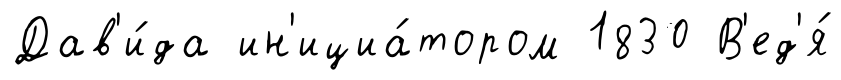
Дав'и́да ин'ициа́тором 1830 В'ед'я́